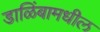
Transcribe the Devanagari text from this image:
डाळिंबामधील